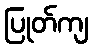
ပြုတ်ကျ